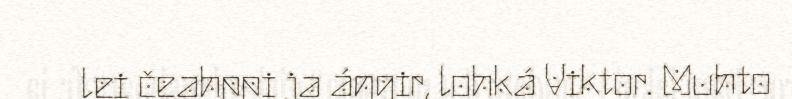
lei čeahppi ja áŋgir, lohká Viktor. Muhto